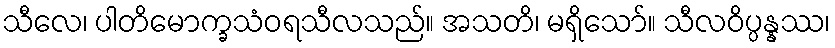
သီလေ၊ ပါတိမောက္ခသံဝရသီလသည်။ အသတိ၊ မရှိသော်။ သီလဝိပ္ပန္နဿ၊